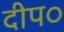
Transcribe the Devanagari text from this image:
दीप०